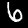
Digit: 6